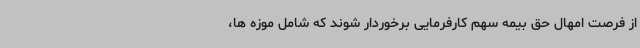
از فرصت امهال حق بیمه سهم کارفرمایی برخوردار شوند که شامل موزه ها،